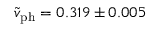
\tilde { v } _ { \mathrm { p h } } = 0 . 3 1 9 \pm 0 . 0 0 5